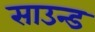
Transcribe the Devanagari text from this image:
साउन्‍ड